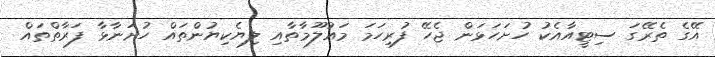
އޭގެ ތެރޭގަ ސިޓީއާއެކު ހުށަހަޅަން ޖެހޭ ފުރިހަމަ މައުލޫމާތާއި ލިޔެކިޔުންތައް ހުށަނާޅާ ފަރާތްތައް